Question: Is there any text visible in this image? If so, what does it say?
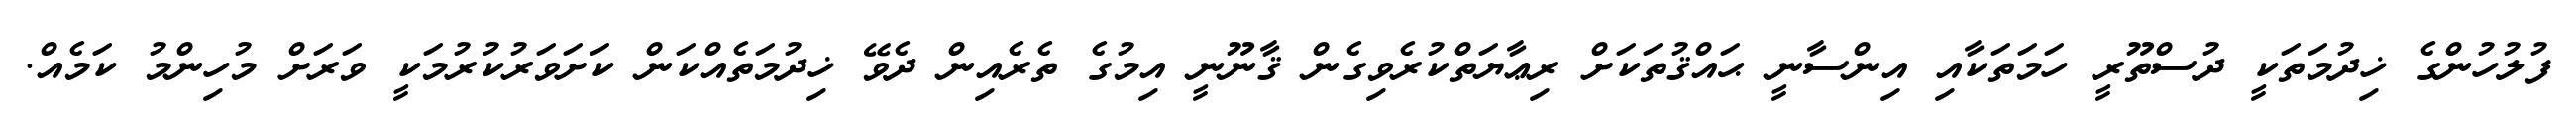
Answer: ފުލުހުންގެ ޚިދުމަތަކީ ދުސްތޫރީ ހަމަތަކާއި އިންސާނީ ޙައްޤުތަކަށް ރިޢާޔަތްކުރެވިގެން ޤާނޫނީ އިމުގެ ތެރެއިން ދެވޭ ޚިދުމަތެއްކަން ކަށަވަރުކުރުމަކީ ވަރަށް މުހިންމު ކަމެއް.